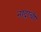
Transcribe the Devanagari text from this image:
नादाची